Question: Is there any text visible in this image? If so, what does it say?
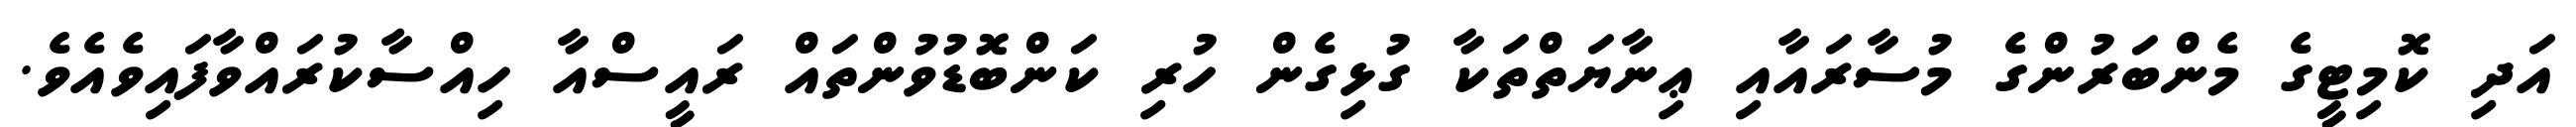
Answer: އަދި ކޮމިޓީގެ މެންބަރުންގެ މުސާރައާއި ޢިނާޔަތްތަކާ ގުޅިގެން ހުރި ކަންބޮޑުވުންތައް ރައީސްއާ ހިއްސާކުރައްވާފައިވެއެވެ.